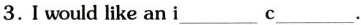
3. I would like an i___c___.